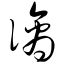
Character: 谪